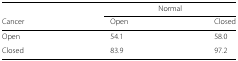
<table><thead><tr><td>[EMPTY_CELL]</td><td colspan="2"><b>Normal</b></td></tr><tr><td><b>Cancer</b></td><td><b>Open</b></td><td><b>Closed</b></td></tr></thead><tbody><tr><td>Open</td><td>54.1</td><td>58.0</td></tr><tr><td>Closed</td><td>83.9</td><td>97.2</td></tr></tbody></table>